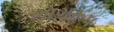
ભાગરૂપ